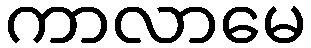
ကာလာမေ